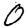
Digit: 0